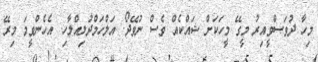
މިހާ ދުވަސްވީއިރު މީގޭ މީހަކަށް ޝައްކެއް ވެސް ނުވޭދޯ. އަލްހަމްދުލިއްލާހި. އެހެންވީމަ މިރޭ